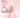
انت